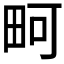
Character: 𪽎